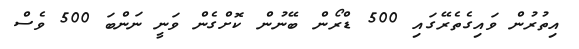
އިތުރުން ވައިގެތެރޭގައި 500 ޑްރޯން ބޭނުން ކޮށްގެން ވަނީ ނަންބަ 500 ވެސް